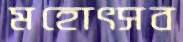
মহোৎসব